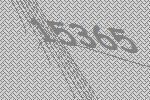
15365